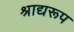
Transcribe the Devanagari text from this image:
श्राद्यरूप